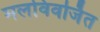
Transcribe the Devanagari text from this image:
मलविवर्जित